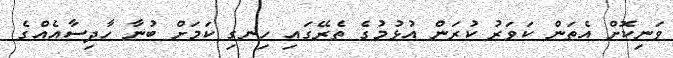
ވަނިކޮށް އެތަން ކަވަރު ކުރަން އުޅުމުގެ ތެރޭގައި ހިނގި ކަމަށް ބުނާ ހާދިސާއެއްގެ